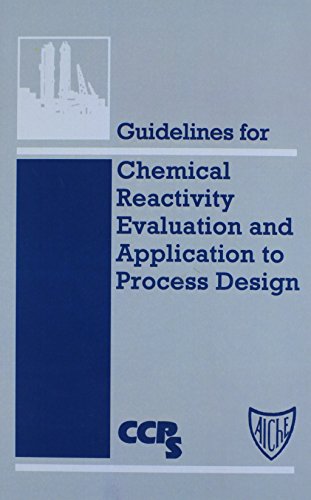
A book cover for Guidelines for Chemical Reactivity Evaluation and Application to Process Design; CCPS (Center for Chemical Process Safety); Science & Math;